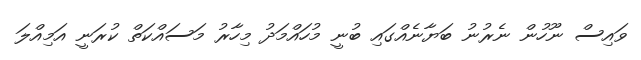
ވައިސް ނޫހުން ނެރުނު ބަޔާނެއްގައި ބުނީ މުހައްމަދު މިހާރު މަސައްކަތް ކުރަނީ އަމިއްލަ